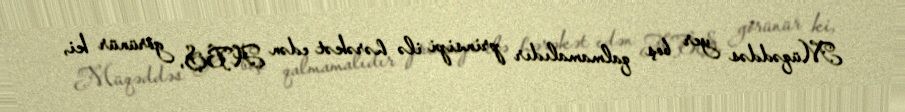
Müqəddəs yer boş qalmamalıdır prinsipi ilə hərəkət edən ABŞ, görünür ki,